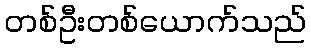
တစ်ဦးတစ်ယောက်သည်